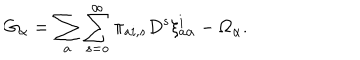
G _ { \alpha } = \sum _ { a } \sum _ { s = o } ^ { \infty } \pi _ { a i , s } D ^ { s } \xi _ { a \alpha } ^ { i } - \Omega _ { \alpha } .